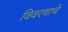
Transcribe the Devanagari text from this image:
विवरणाचे